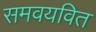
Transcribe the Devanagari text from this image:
समवयवित